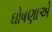
ઘોષણાએ